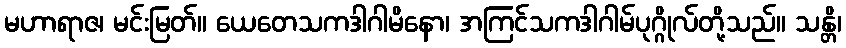
မဟာရာဇ၊ မင်းမြတ်။ ယေတေသကဒါဂါမိနော၊ အကြင်သကဒါဂါမ်ပုဂ္ဂိုလ်တို့သည်။ သန္တိ၊